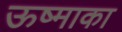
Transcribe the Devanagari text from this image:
ऊष्माका